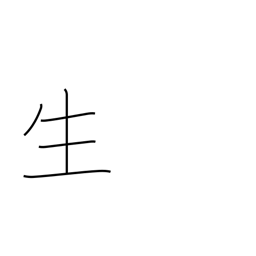
Meaning: life